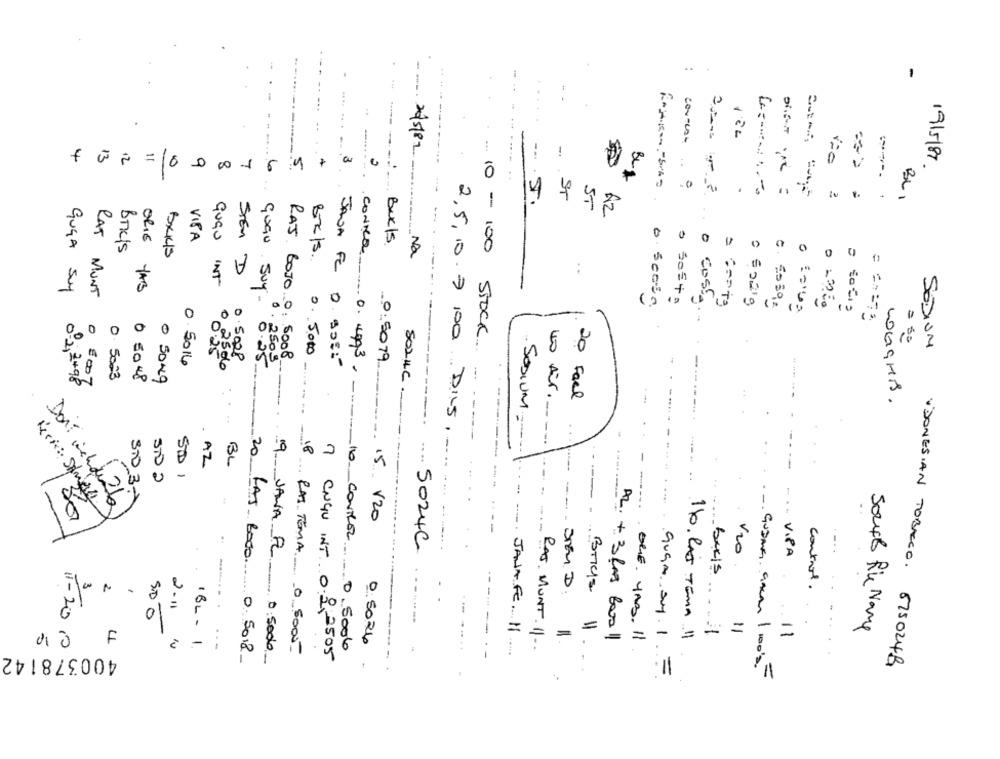
.. .
--
---
26/5/82
1
4
13
--.
19/5/87
12
= 1
0
00
1
6
5
4
....
CONTROL
.0
4
ST
BLI
ST
AZ
--
ORIE
VISA
Buxls
Brkis
BXKIS
Na
0
..
SEM D
QUEU INT
GUGA Suy
RAT MUNT
TAB
6
6. Sceso.
o Sosta
0 5.2019
o costa ..
= === 73
10- 100 STOCK
SODIUM
0.25
0.5008
0. 5000
0.5014
quGU Suy- 0.25
RAJ BOJO 0: 5008
JANA FL 0. 90EL
0.5079
0 2500
-
conta 0. 4003.
0. 5023
0 50 48
0 5049
-
0 º2, 2498
SOLUC.
20 Face
40 Air ..
LOGGHIS.
- SODIUM.
2,5,10.7 100. DIES,
-
10
AZ
BL
...
STO 2
-
20
STO 3
-.
Doit ichdelle
15 120
CONTRER
.... 5024C
V20
VIPA
control.
50 €
JANAFE. 11
=
--: 1
11
Souff Rike Name
2.11.
=
AL. + 3 Rms Box 11
OGE. YAB. Il
110. RAS TEMA .11
11
IT-2010
41
.--
0 5026
RAJ. MUNT. 11 ..
400378142
1B2-1.
RAS TEMA 0 5000-
0.5006
LAS BoJo. 0. 50.8
19. JANA AL, 0:5000-
CNGU INT. 0.9 2505
-
. -
VDONESIAN TOBACCO. 6250248
GUGA sy 1 =
GUDMe GALA /100'